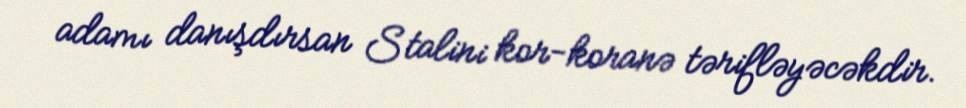
adamı danışdırsan Stalini kor-koranə tərifləyəcəkdir.